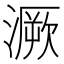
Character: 㵐